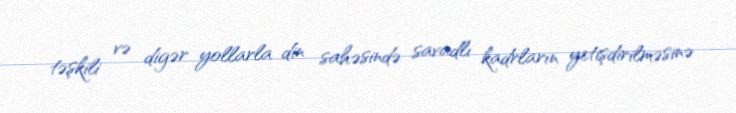
təşkili və digər yollarla din sahəsində savadlı kadrların yetişdirilməsinə